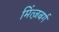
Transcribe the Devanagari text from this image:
मिंत्ज़बर्ग